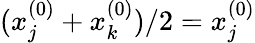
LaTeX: (x_{j}^{(0)}+x_{k}^{(0)})/2=x_{j}^{(0)}